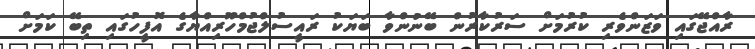
ރާއްޖޭގައި ވަޒަންވެރި ކުރުމަށް ސަރުކާރުން ބޭނުންވާ ބަޔަކު ރައީސުލްޖުމްހޫރިއްޔާގެ އޮފީހުގައި ތިބޭ ކަމަށް